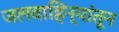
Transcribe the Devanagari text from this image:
जलवाहिन्यांतून